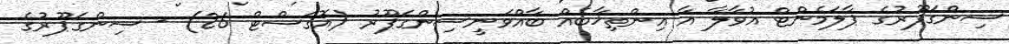
ސިންގަޕޫރުގެ ޕާލަމެންޓް އުވާލާ އާ އިންތިޚާބެއް ބާއްވަނީސިންގަޕޫރު (އޮގަސްޓް 26) - ސިންގަޕޫރުގެ